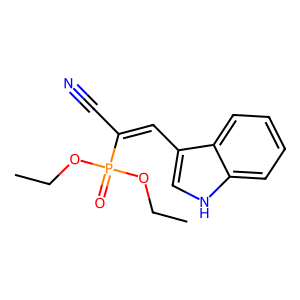
SMILES: CCOP(=O)(OCC)C(C#N)=Cc1c[nH]c2ccccc12
Inhibits HIV replication: No